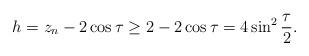
LaTeX: \begin{align*} h=z_n-2\cos\tau\geq 2 - 2 \cos \tau= 4\sin^2\frac{\tau}{2}.\end{align*}